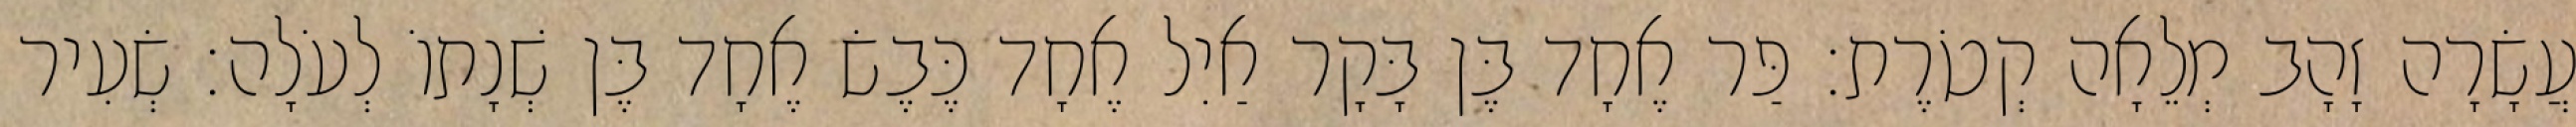
עֲשָׂרָה זָהָב מְלֵאָה קְטֹרֶת׃ פַּר אֶחָד בֶּן בָּקָר אַיִל אֶחָד כֶּבֶשׂ אֶחָד בֶּן שְׁנָתוֹ לְעֹלָה׃ שְׂעִיר